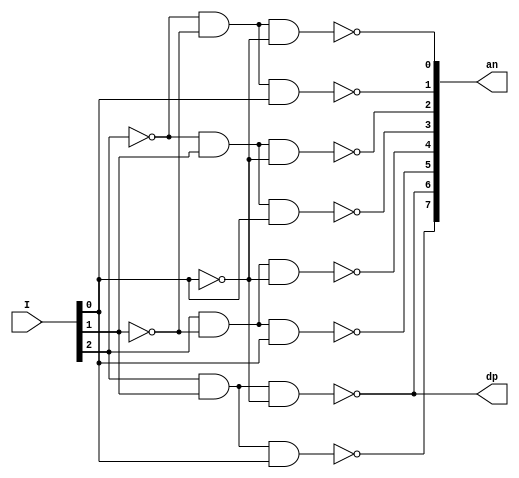
`timescale 1ns / 1ps
//////////////////////////////////////////////////////////////////////////////////
// Company: 
// Engineer: 
// 
// Design Name: 
// Module Name:    decoder3_8 
// Project Name: 
// Target Devices: 
// Tool versions: 
// Description: 
//
// Dependencies: 
//
// Revision: 
// Revision 0.01 - File Created
// Additional Comments: 
//
//////////////////////////////////////////////////////////////////////////////////
module decoder_3_8 ( 
    input [2:0] I,
    output [7:0] an,
    output dp	 
);

assign an[0] = ~(~I[2] & ~I[1] & ~I[0]);
assign an[1] = ~(~I[2] & ~I[1] & I[0]);

assign an[2] = ~(~I[2] & I[1] & ~I[0]);
assign an[3] = ~(~I[2] & I[1] & I[0]);

assign an[4] = ~(I[2] & ~I[1] & ~I[0]);
assign an[5] = ~(I[2] & ~I[1] & I[0]);
assign an[6] = ~(I[2] & I[1] & ~I[0]);
assign an[7] = ~(I[2] & I[1] & I[0]);

//decimal place
assign dp = ~(I[2] & I[1] & ~I[0]);

endmodule